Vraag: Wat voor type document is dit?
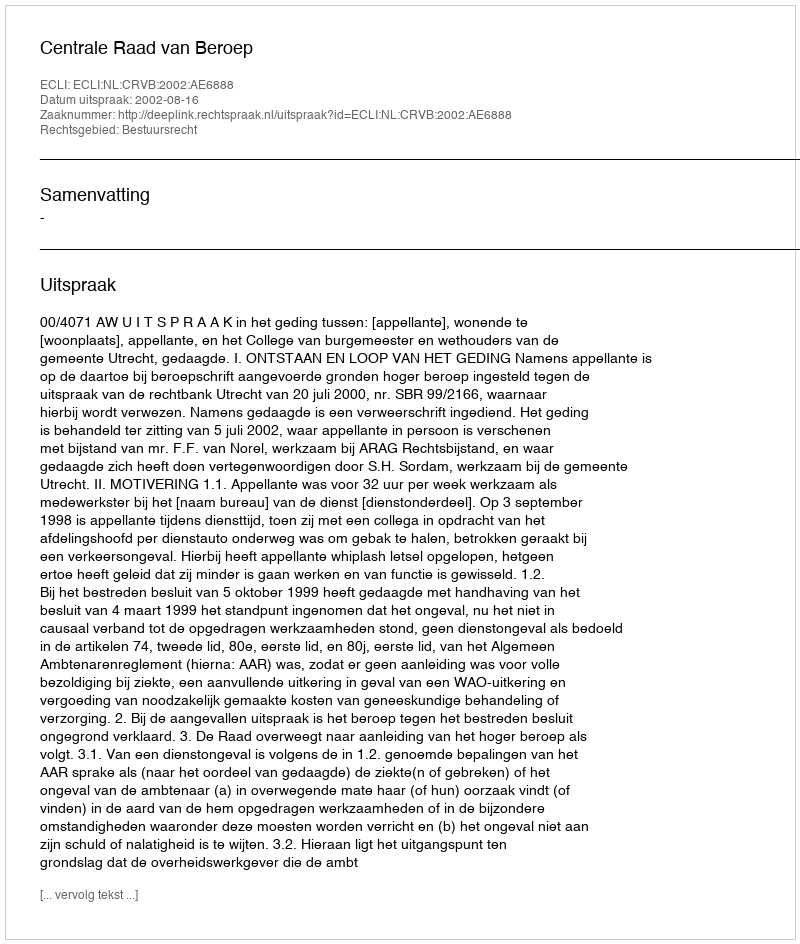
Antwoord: Uitspraak